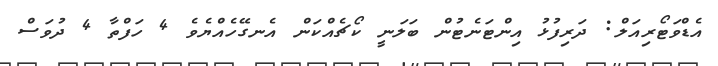
އެޑްވަޓޯރިއަލް: ދަރިފުޅު އިންޓަނެޓުން ބަލަނީ ކޯޗެއްކަން އެނގޭހެއްޔެވެ 4 ހަފްތާ 4 ދުވަސް